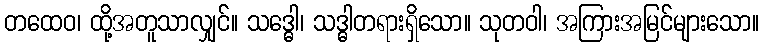
တထေဝ၊ ထို့အတူသာလျှင်။ သဒ္ဓေါ၊ သဒ္ဓါတရားရှိသော။ သုတဝါ၊ အကြားအမြင်များသော။